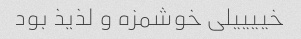
خییییلی خوشمزه و لذیذ بود